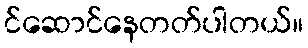
င်ဆောင်နေတတ်ပါတယ်။